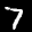
Label: 7